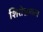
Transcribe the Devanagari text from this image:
शिरोभ्रमाला